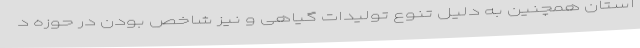
استان همچنین به دلیل تنوع تولیدات گیاهی و نیز شاخص بودن در حوزه د